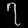
Digit: ၇